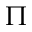
\Pi